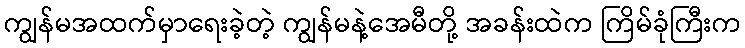
ကျွန်မအထက်မှာရေးခဲ့တဲ့ ကျွန်မနဲ့အေမီတို့ အခန်းထဲက ကြိမ်ခုံကြီးက